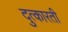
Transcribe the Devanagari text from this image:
दुत्कारती